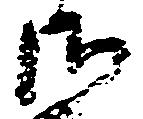
御